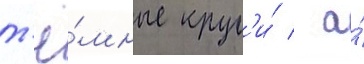
т'ё́мные круг'и́ / а́